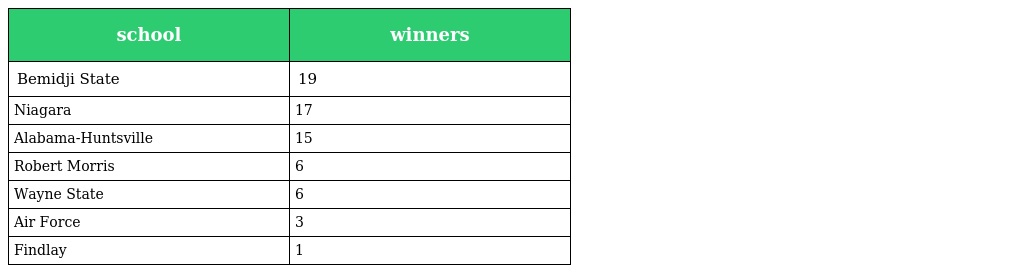
| school | winners |
 | --- | --- |
 | Bemidji State | 19 |
 | Niagara | 17 |
 | Alabama-Huntsville | 15 |
 | Robert Morris | 6 |
 | Wayne State | 6 |
 | Air Force | 3 |
 | Findlay | 1 |